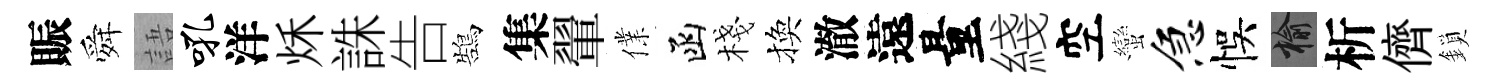
賑舜語吼洋秌誅告鵠集翬㒒函棧換澈遠量綫空蠻急悞榆析儕鎖